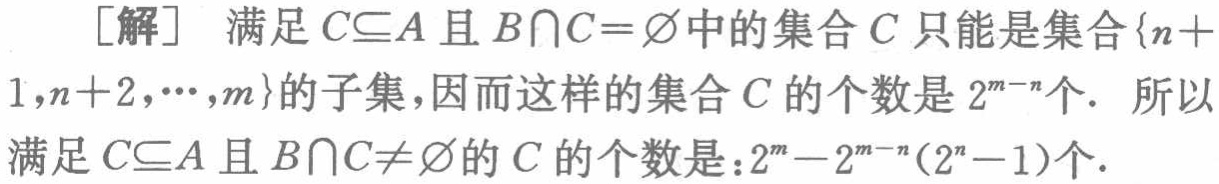
[解] 满足 \(C\subseteq A\) 且 \(B\cap C = \varnothing\) 中的集合 \(C\) 只能是集合 \(\{n + 1,n + 2,\cdots,m\}\) 的子集，因而这样的集合 \(C\) 的个数是 \(2^{m - n}\) 个. 所以满足 \(C\subseteq A\) 且 \(B\cap C\neq\varnothing\) 的 \(C\) 的个数是：\(2^{m}-2^{m - n}(2^{n}-1)\) 个.